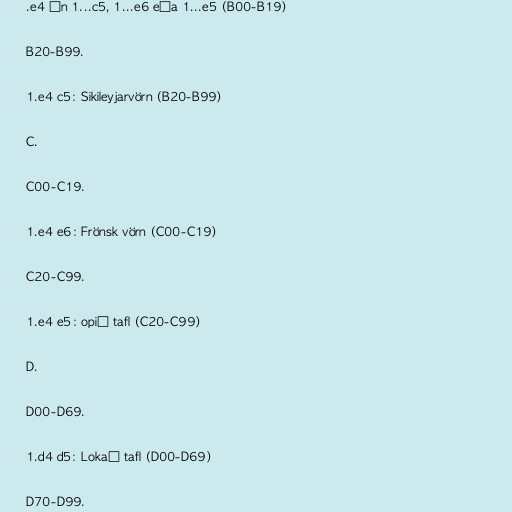
.e4 án 1...c5, 1...e6 eða 1...e5 (B00-B19)

B20-B99.

1.e4 c5: Sikileyjarvörn (B20-B99)

C.

C00-C19.

1.e4 e6: Frönsk vörn (C00-C19)

C20-C99.

1.e4 e5: opið tafl (C20-C99)

D.

D00-D69.

1.d4 d5: Lokað tafl (D00-D69)

D70-D99.